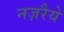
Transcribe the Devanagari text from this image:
नज़रैये